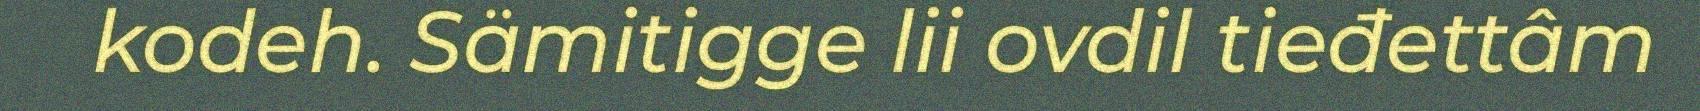
kodeh. Sämitigge lii ovdil tieđettâm